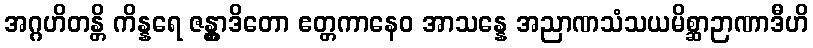
အဂ္ဂဟိတန္တိ ကိန္နရေ ဇန္တွာဒိတော ဧတ္တကာနေဝ အာသန္နေ အညာဏသံသယမိစ္ဆာဉာဏာဒီဟိ